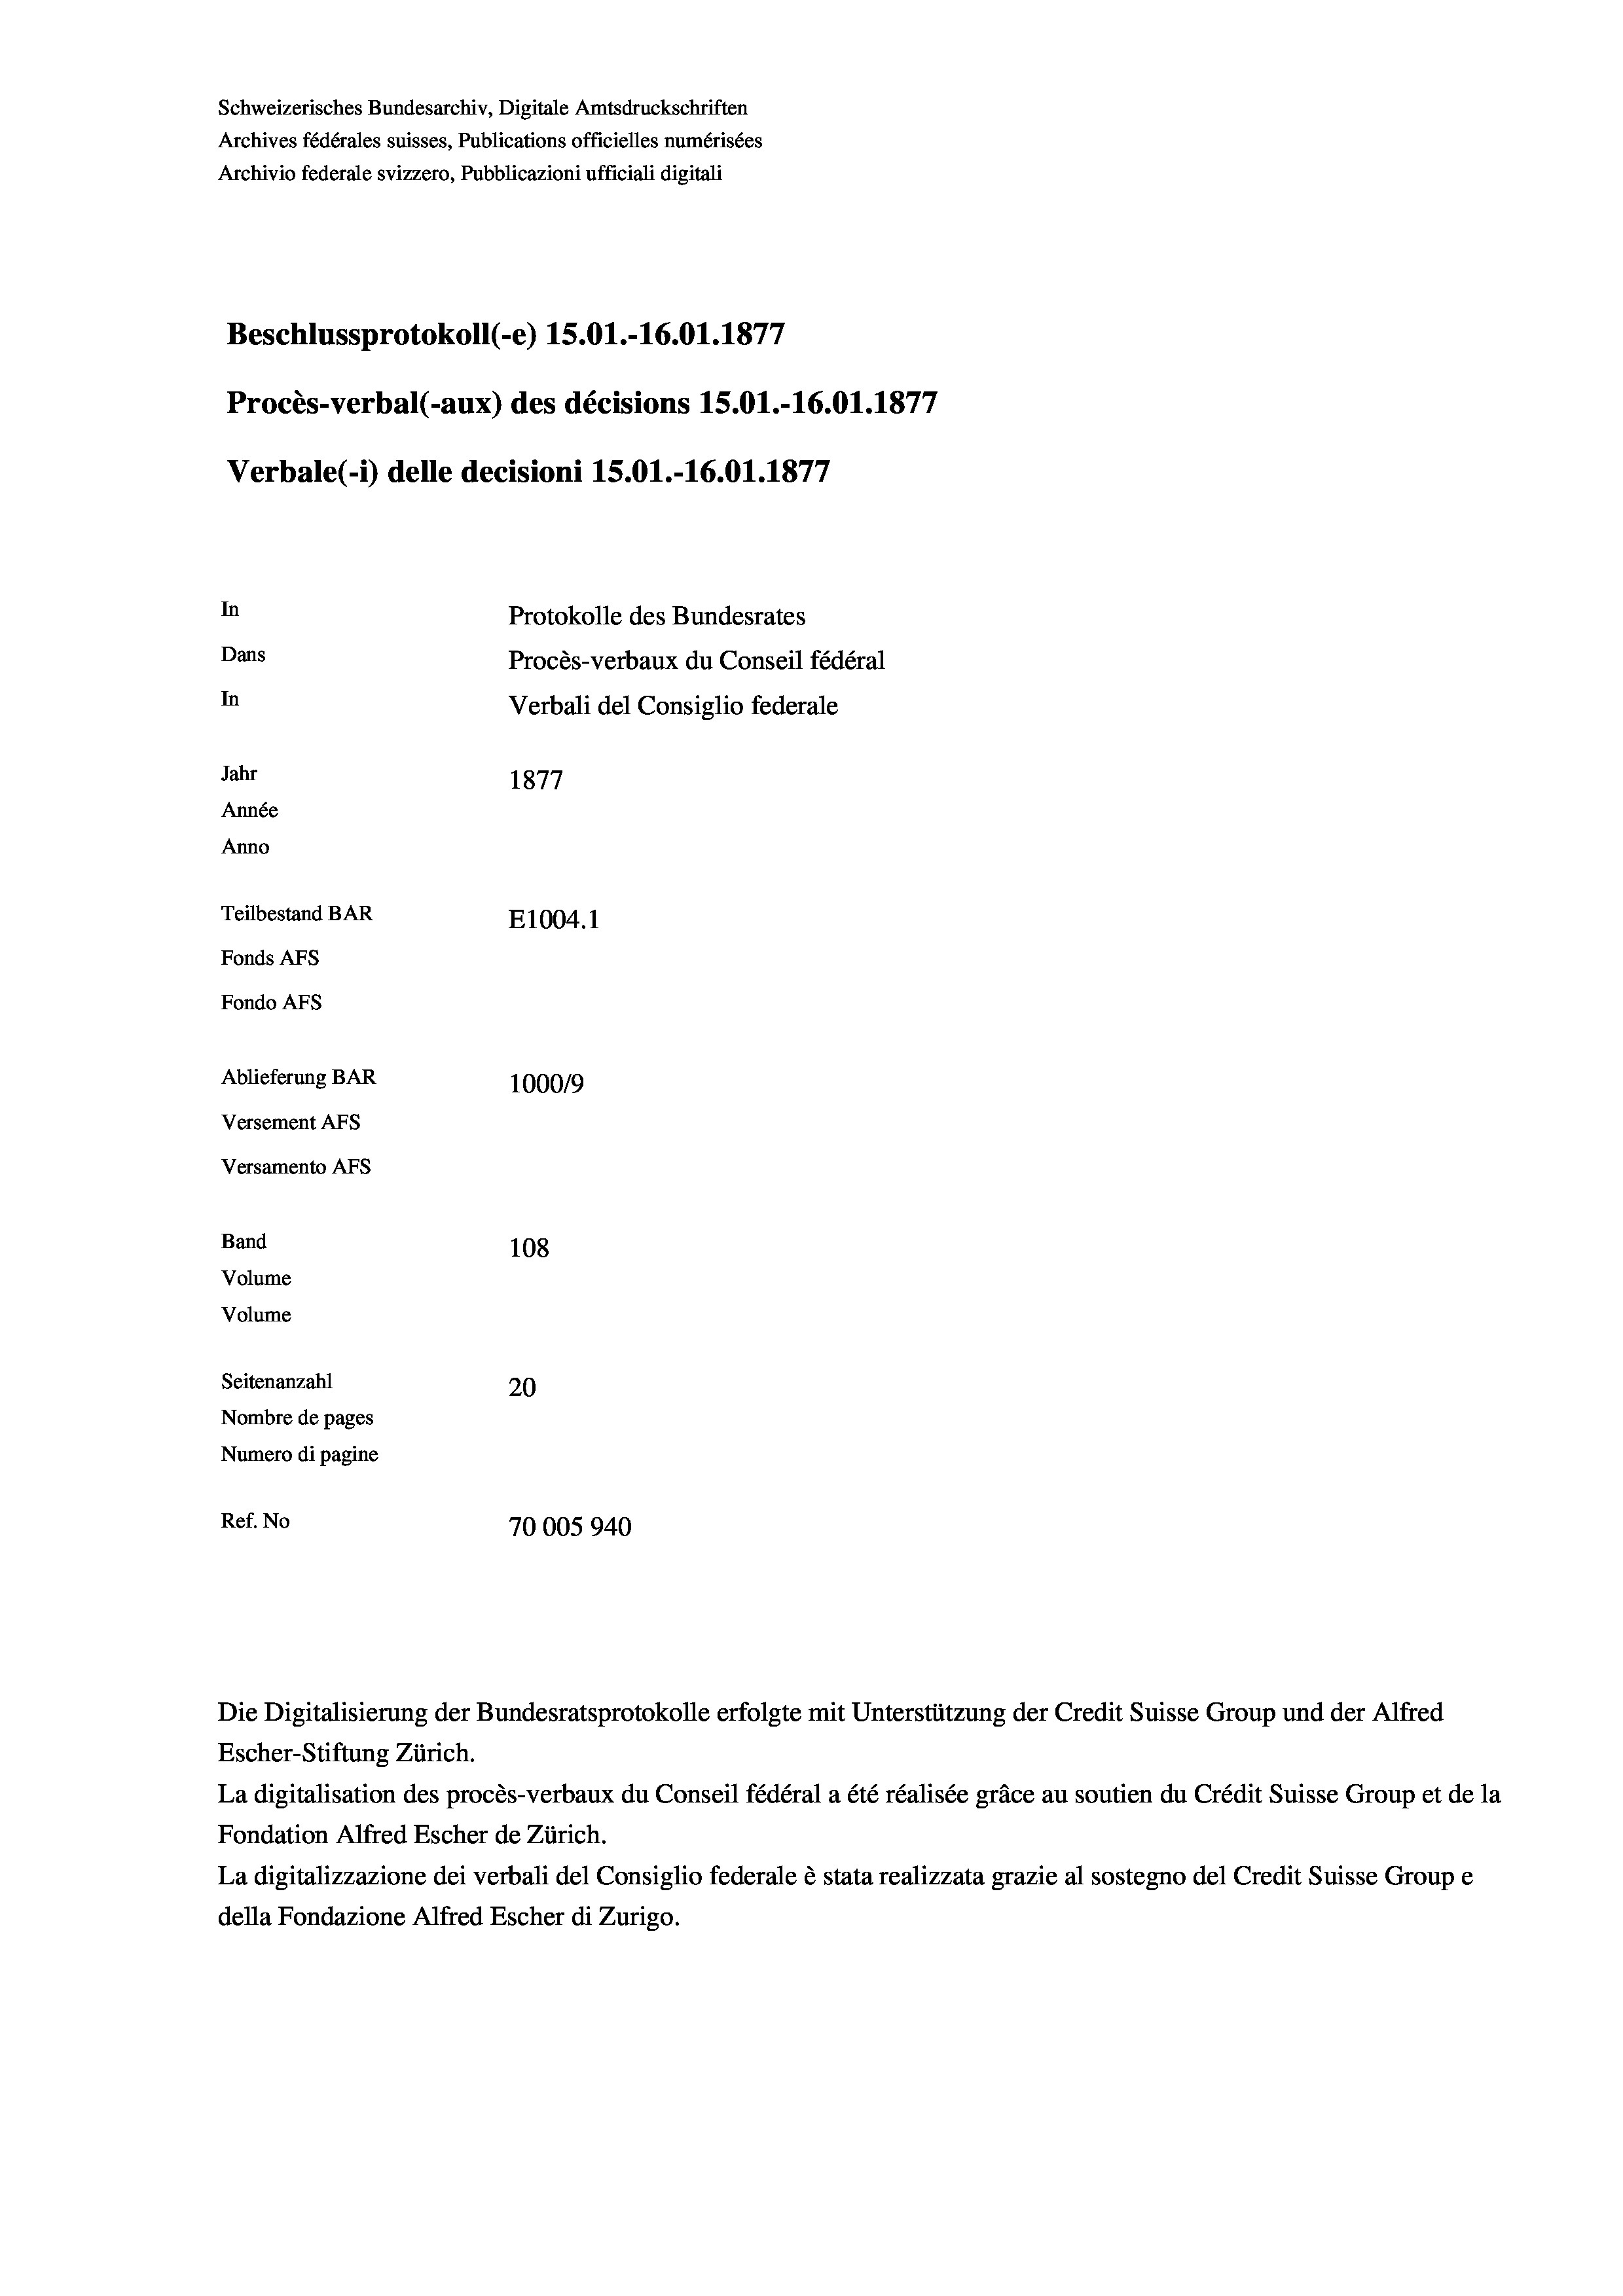
Schweizerisches Bundesarchiv, Digitale Amtsdruckschriften
Archives fédérales suisses, Publications officielles numérisées
Archivio federale svizzero, Pubblicazioni ufficiali digitali
Beschlussprotokoll (-e) 15.01.-16.01. 1877
Procès-verbal (-aux) des décisions 15.01.-16.01. 1877
Verbale (- 1) delle decisioni 15.01.-16.01. 1877
In
Protokolle des Bundesrates
Dans
Procès-verbaux du Conseil fédéral
In
Verbali del Consiglio federale
Jahr
1877
Année
Anno
Teilbestand BAR
E1004.1
Fonds AFs
Fondo AFS
Ablieferung BAR
100019
Versement AFs
Versamento Afs
Band
108
Volume
Volume

Seitenanzahl
20
Nombre de pages
Numero di pagine
Ref. No
70005940

Escher-Stiftung Zürich.
La digitalisation des procès-verbaux du Conseil fédéral a été réalisée gräce au soutien du Crédit Suisse Group et de la
Fondation Alfred Escher de Zürich.
La digitalizzazione dei verbali del Consiglio federale è stata realizzata grazie al sostegno del Credit Suisse Groupe
della Fondazione Alfred Escher di Zurigo.

Die Digitalisierung der Bundesratsprotokolle erfolgte mit Unterstützung der Credit Suisse Group und der Alfred